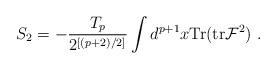
LaTeX: \begin{align*}S_2 = - \frac{T_p}{2^{[(p+2)/2]}} \int d^{p+1}x {\rm Tr}({\rm tr} {\cal F}^2) \ .\end{align*}